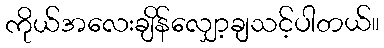
ကိုယ်အလေးချိန်လျှော့ချသင့်ပါတယ်။